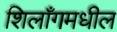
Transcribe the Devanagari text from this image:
शिलाँगमधील